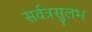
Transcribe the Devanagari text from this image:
सर्वत्रसुलभ